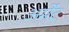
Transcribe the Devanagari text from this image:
अर्मेंट